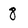
Character: 8